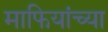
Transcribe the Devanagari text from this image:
माफियांच्या